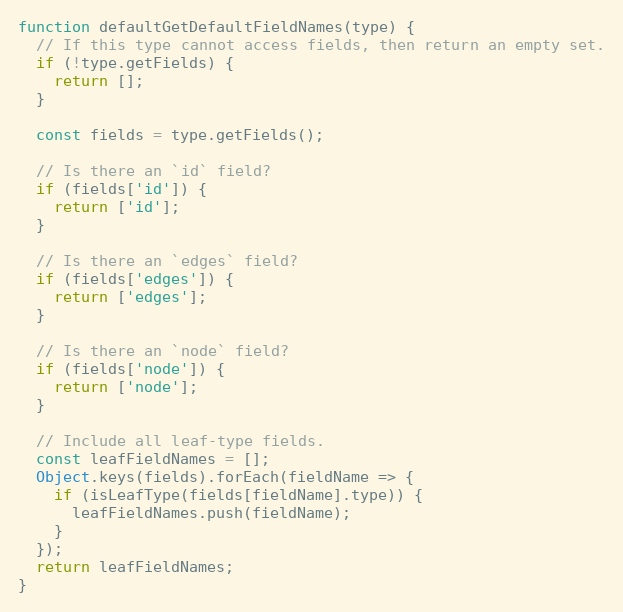
Language: JavaScript
function defaultGetDefaultFieldNames(type) {
  // If this type cannot access fields, then return an empty set.
  if (!type.getFields) {
    return [];
  }

  const fields = type.getFields();

  // Is there an `id` field?
  if (fields['id']) {
    return ['id'];
  }

  // Is there an `edges` field?
  if (fields['edges']) {
    return ['edges'];
  }

  // Is there an `node` field?
  if (fields['node']) {
    return ['node'];
  }

  // Include all leaf-type fields.
  const leafFieldNames = [];
  Object.keys(fields).forEach(fieldName => {
    if (isLeafType(fields[fieldName].type)) {
      leafFieldNames.push(fieldName);
    }
  });
  return leafFieldNames;
}